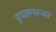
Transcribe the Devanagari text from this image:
ट्रफाल्गरच्या